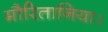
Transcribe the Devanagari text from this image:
मौरितानिया।